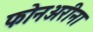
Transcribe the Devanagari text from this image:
फोनअरीना